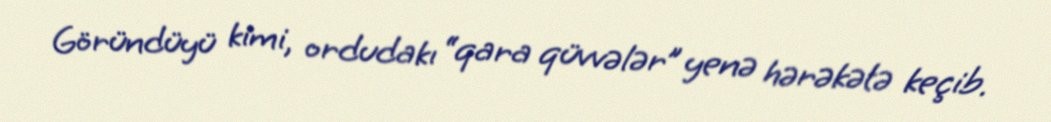
Göründüyü kimi, ordudakı “qara qüvvələr” yenə hərəkətə keçib.